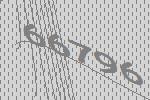
66796